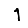
Digit: 1